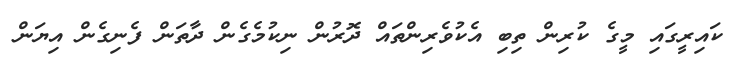
ކައިރީގައި މީގެ ކުރިން ތިބި އެކުވެރިންތައް ދޮރުން ނިކުމެގެން ދާތަން ފެނިގެން އިޔަން